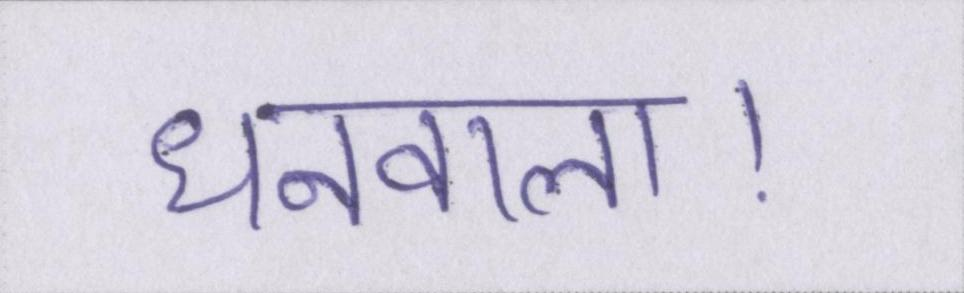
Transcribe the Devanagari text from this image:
धनवाला।